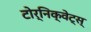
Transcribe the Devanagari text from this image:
टोर्निक्वेट्स्